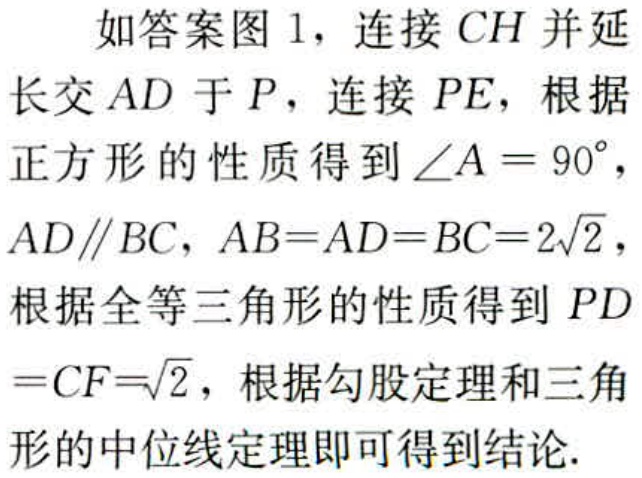
如答案图 1，连接 \(CH\) 并延长交 \(AD\) 于 \(P\)，连接 \(PE\)，根据正方形的性质得到 \(\angle A = 90^{\circ}\)，\(AD\parallel BC\)，\(AB = AD = BC = 2\sqrt{2}\)，根据全等三角形的性质得到 \(PD=CF = \sqrt{2}\)，根据勾股定理和三角形的中位线定理即可得到结论.